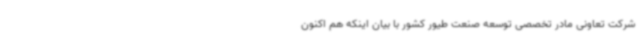
شرکت تعاونی مادر تخصصی توسعه صنعت طیور کشور با بیان اینکه هم اکنون